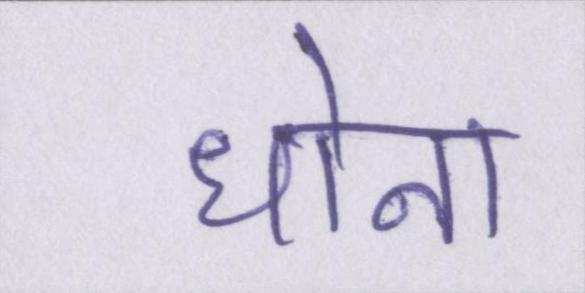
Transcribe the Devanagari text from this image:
धोना